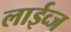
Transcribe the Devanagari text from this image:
लाईव्ज